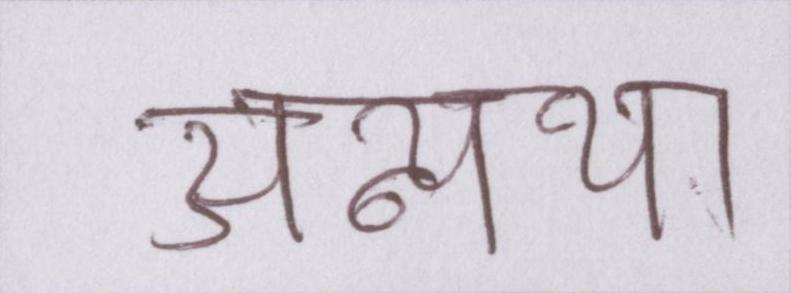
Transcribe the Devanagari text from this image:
अन्यथा